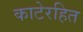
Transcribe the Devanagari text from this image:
काटेरहित